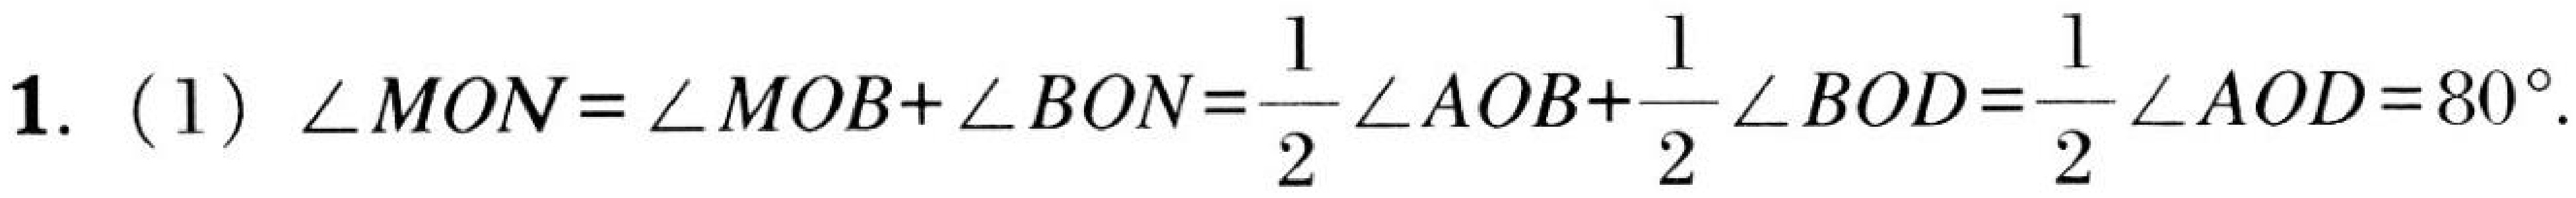
1. (1) \(\angle MON=\angle MOB + \angle BON=\dfrac{1}{2}\angle AOB+\dfrac{1}{2}\angle BOD=\dfrac{1}{2}\angle AOD = 30^{\circ}\).